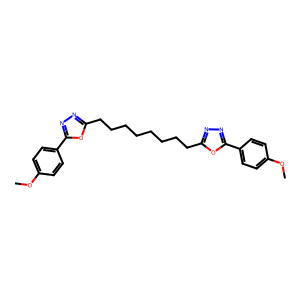
SMILES: COc1ccc(-c2nnc(CCCCCCCCc3nnc(-c4ccc(OC)cc4)o3)o2)cc1
Inhibits HIV replication: No